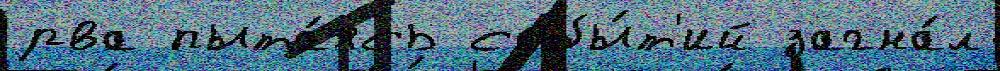
рва пыта́ясь собы́т'ий загна́л